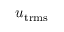
u _ { \mathrm { t r m s } }